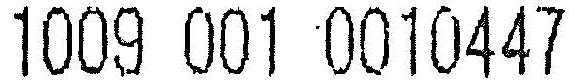
1009 001 0010447